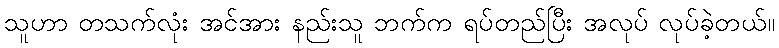
သူဟာ တသက်လုံး အင်အား နည်းသူ ဘက်က ရပ်တည်ပြီး အလုပ် လုပ်ခဲ့တယ်။